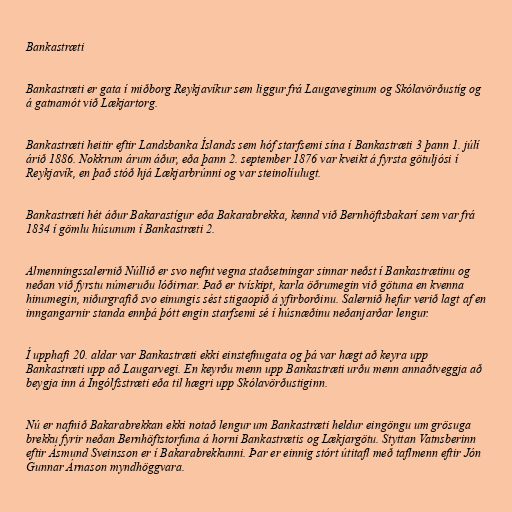
Bankastræti

Bankastræti er gata í miðborg Reykjavíkur sem liggur frá Laugaveginum og Skólavörðustíg og
á gatnamót við Lækjartorg.

Bankastræti heitir eftir Landsbanka Íslands sem hóf starfsemi sína í Bankastræti 3 þann 1. júlí
árið 1886. Nokkrum árum áður, eða þann 2. september 1876 var kveikt á fyrsta götuljósi í
Reykjavík, en það stóð hjá Lækjarbrúnni og var steinolíulugt.

Bankastræti hét áður Bakarastígur eða Bakarabrekka, kennd við Bernhöftsbakarí sem var frá
1834 í gömlu húsunum í Bankastræti 2.

Almenningssalernið Núllið er svo nefnt vegna staðsetningar sinnar neðst í Bankastrætinu og
neðan við fyrstu númeruðu lóðirnar. Það er tvískipt, karla öðrumegin við götuna en kvenna
hinumegin, niðurgrafið svo einungis sést stigaopið á yfirborðinu. Salernið hefur verið lagt af en
inngangarnir standa ennþá þótt engin starfsemi sé í húsnæðinu neðanjarðar lengur.

Í upphafi 20. aldar var Bankastræti ekki einstefnugata og þá var hægt að keyra upp
Bankastræti upp að Laugarvegi. En keyrðu menn upp Bankastræti urðu menn annaðtveggja að
beygja inn á Ingólfsstræti eða til hægri upp Skólavörðustiginn.

Nú er nafnið Bakarabrekkan ekki notað lengur um Bankastræti heldur eingöngu um grösuga
brekku fyrir neðan Bernhöftstorfuna á horni Bankastrætis og Lækjargötu. Styttan Vatnsberinn
eftir Ásmund Sveinsson er í Bakarabrekkunni. Þar er einnig stórt útitafl með taflmenn eftir Jón
Gunnar Árnason myndhöggvara.